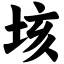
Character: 垓